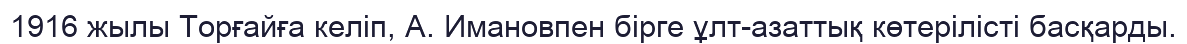
1916 жылы Торғайға келіп, А. Имановпен бірге ұлт-азаттық көтерілісті басқарды.